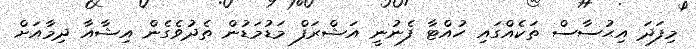
މިފަދަ އިޙުސާސް ތަކެއްގައި ހުއްޓާ ފެނުނީ އަޝްރަފް މަޑުމަޑުން ތެދުވެގެން އިޝާއާ ދިމާއަށް